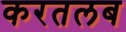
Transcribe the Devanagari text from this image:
करतलब